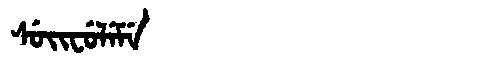
Manchu: ᠰᡠᡳᠸᡠᠯᡝᠮᡝ
Romanization: SUIFULEME